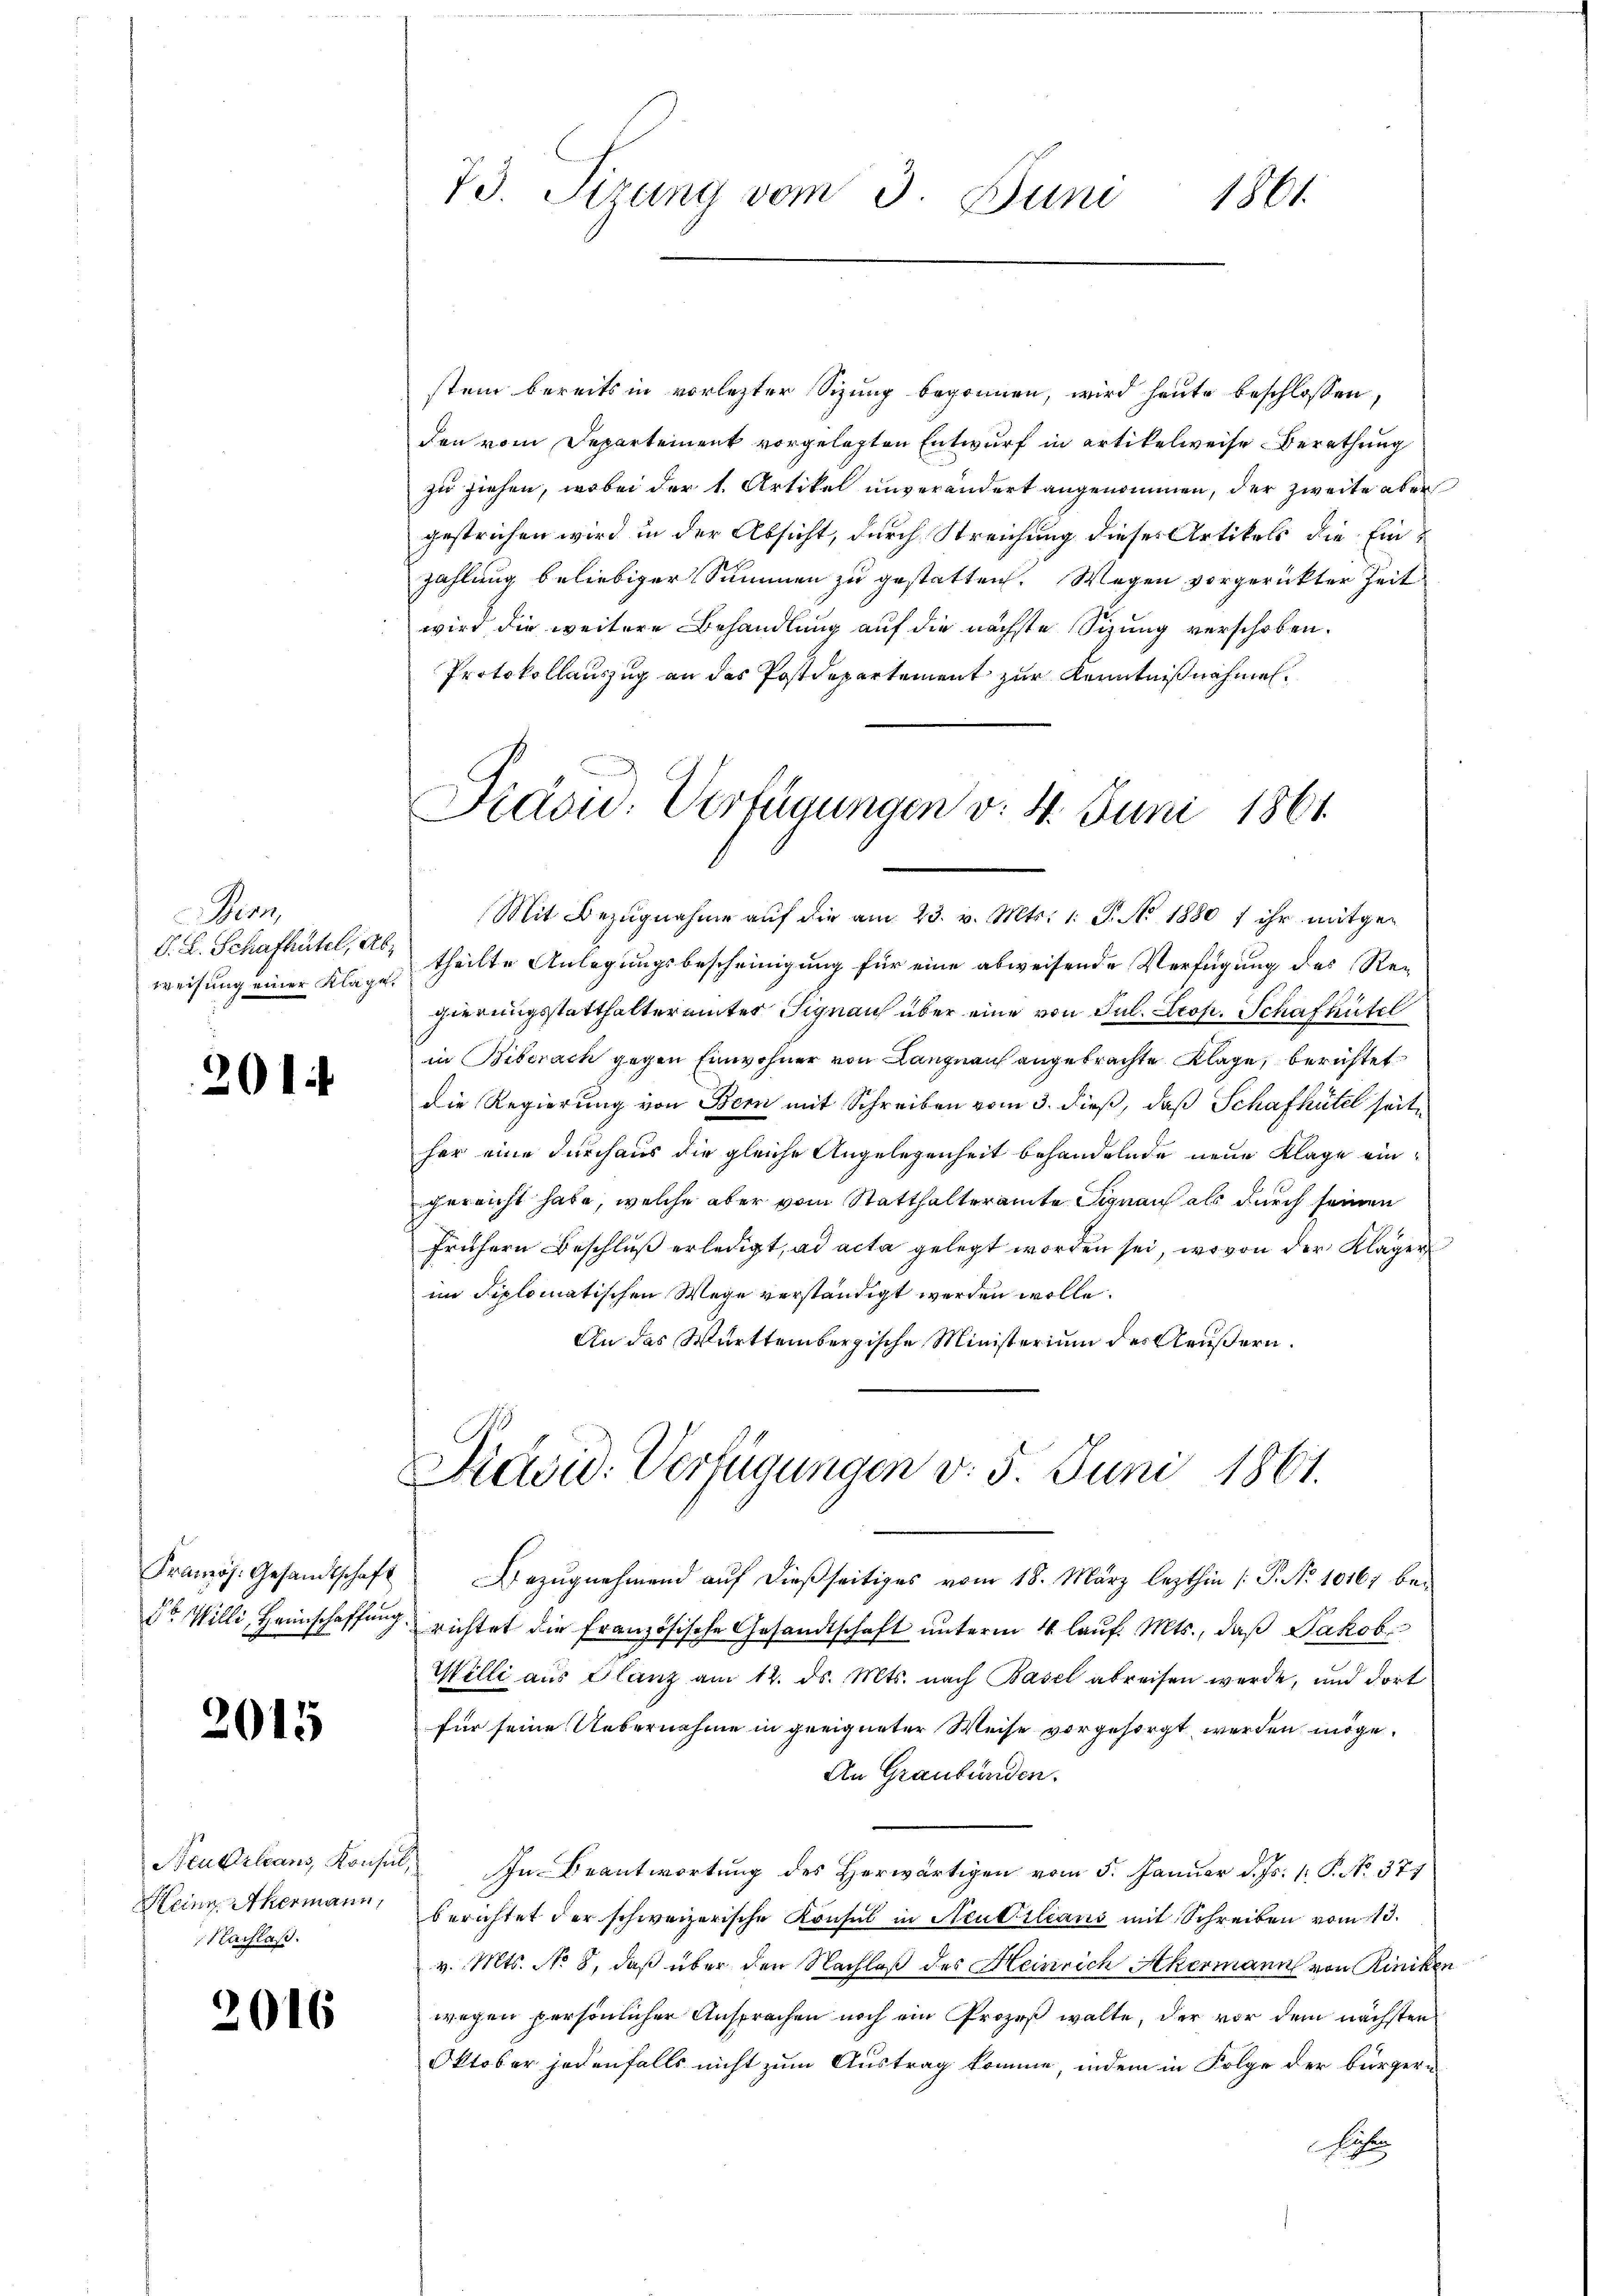
Bern,
S. L. Schafhütel, Abweisung einer Klage.

201

Pranzös. Gesandtschaft
dt Willi, Heimschaffung

2015

Heine Akermann,
Nachlaß.

2016

stem bereits in vorlezter Sizung begonnen, wird heute beschlossen,
den vom Departement vorgelegten Entwurf in artikelweise Berathung
zu ziehen, wobei der 1. Artikel unverändert angenommen, der zweite aber
gestrichen wird in der Absicht, durch Streichung dieses Artikels die Einzahlung beliebiger Summen zu gestatten. Wegen vorgerückter Zeit
wird die weitere Behandlung auf die nächste Sizung verschoben.
Protokollauszug an das Postdepartement zur Kenntnißnahmen.

Mit Bezugnahme aŭf die am 23. v. Mts. 1. P. No 1880 / ihr mitgetheilte Anlegungsbescheinigung für eine abweisende Verfügung des Regierungsstatthalteramtes Signau über eine von Jul. Leop. Schafhütel
in Biberach gegen Einwohner von Langnau angebrachte Klage, berichtet
die Regierung von Bern mit Schreiben vom 3. dieß, daß Schafhütel seite
her eine durchaus die gleiche Angelegenheit behandelnde neue Klage ein
gereicht habe, welche aber vom Statthalteramte Signau als durch seinen
frühern Beschluß erledigt, ad acta gelegt worden sei, wovon der Kläger
im diplomatischen Wege verständigt werden wolle.
An das Württembergische Ministerium des Aeußern.

73. Sizung vom 3. Juni 1861.

Präsid. Verfügungen v. 4. Juni 1861

Präsid. Verfügungen v. 5. Juni 1861.

Bezŭgnehmend aŭf dießseitiges vom 18. März lezthin /: P. Nr. 10167 be-
7 richtet die Französische Gesandtschaft unterm 4. laŭf. Mts., daß Jakob
Willi aus Glanz am 12. ds. Mts. nach Basel abreisen werde, und dort
für seine Uebernahme in geeigneter Weise vorgesorgt werden möge.
An Graubünden.
Neubilans Konsŭl, In Beantwortung des herwärtigen vom 5. Januar d. Js. 1. P. No. 371
berichtet der schweizerische Konsul in Neuvilians mit Schreiben vom 13.
v. Mts. No 8, daß über den Nachlaß des Heinrich Akermann von Riniken
wegen persönlicher Ansprachen noch ein Prozeß walte, der vor dem nächsten
Oktober jedenfalls nicht zum Austrag komme, indem in Folge der bürger¬
Röh